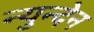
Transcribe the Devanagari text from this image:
न्युन्देन